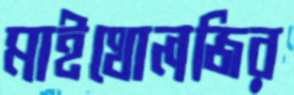
মাইথোলজির